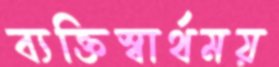
ব্যক্তিস্বার্থময়